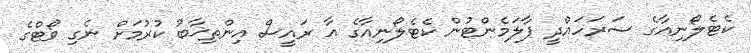
ކެޓެލޯނިއާގެ ސަރަހައްދީ ޕާލަމެންޓުން ކެޓެލޯނިއާގެ އާ ރައީސް އިންތިޚާބު ކުރުމަށް ނެގި ވޯޓްގެ